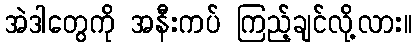
အဲဒါတွေကို အနီးကပ် ကြည့်ချင်လို့လား။